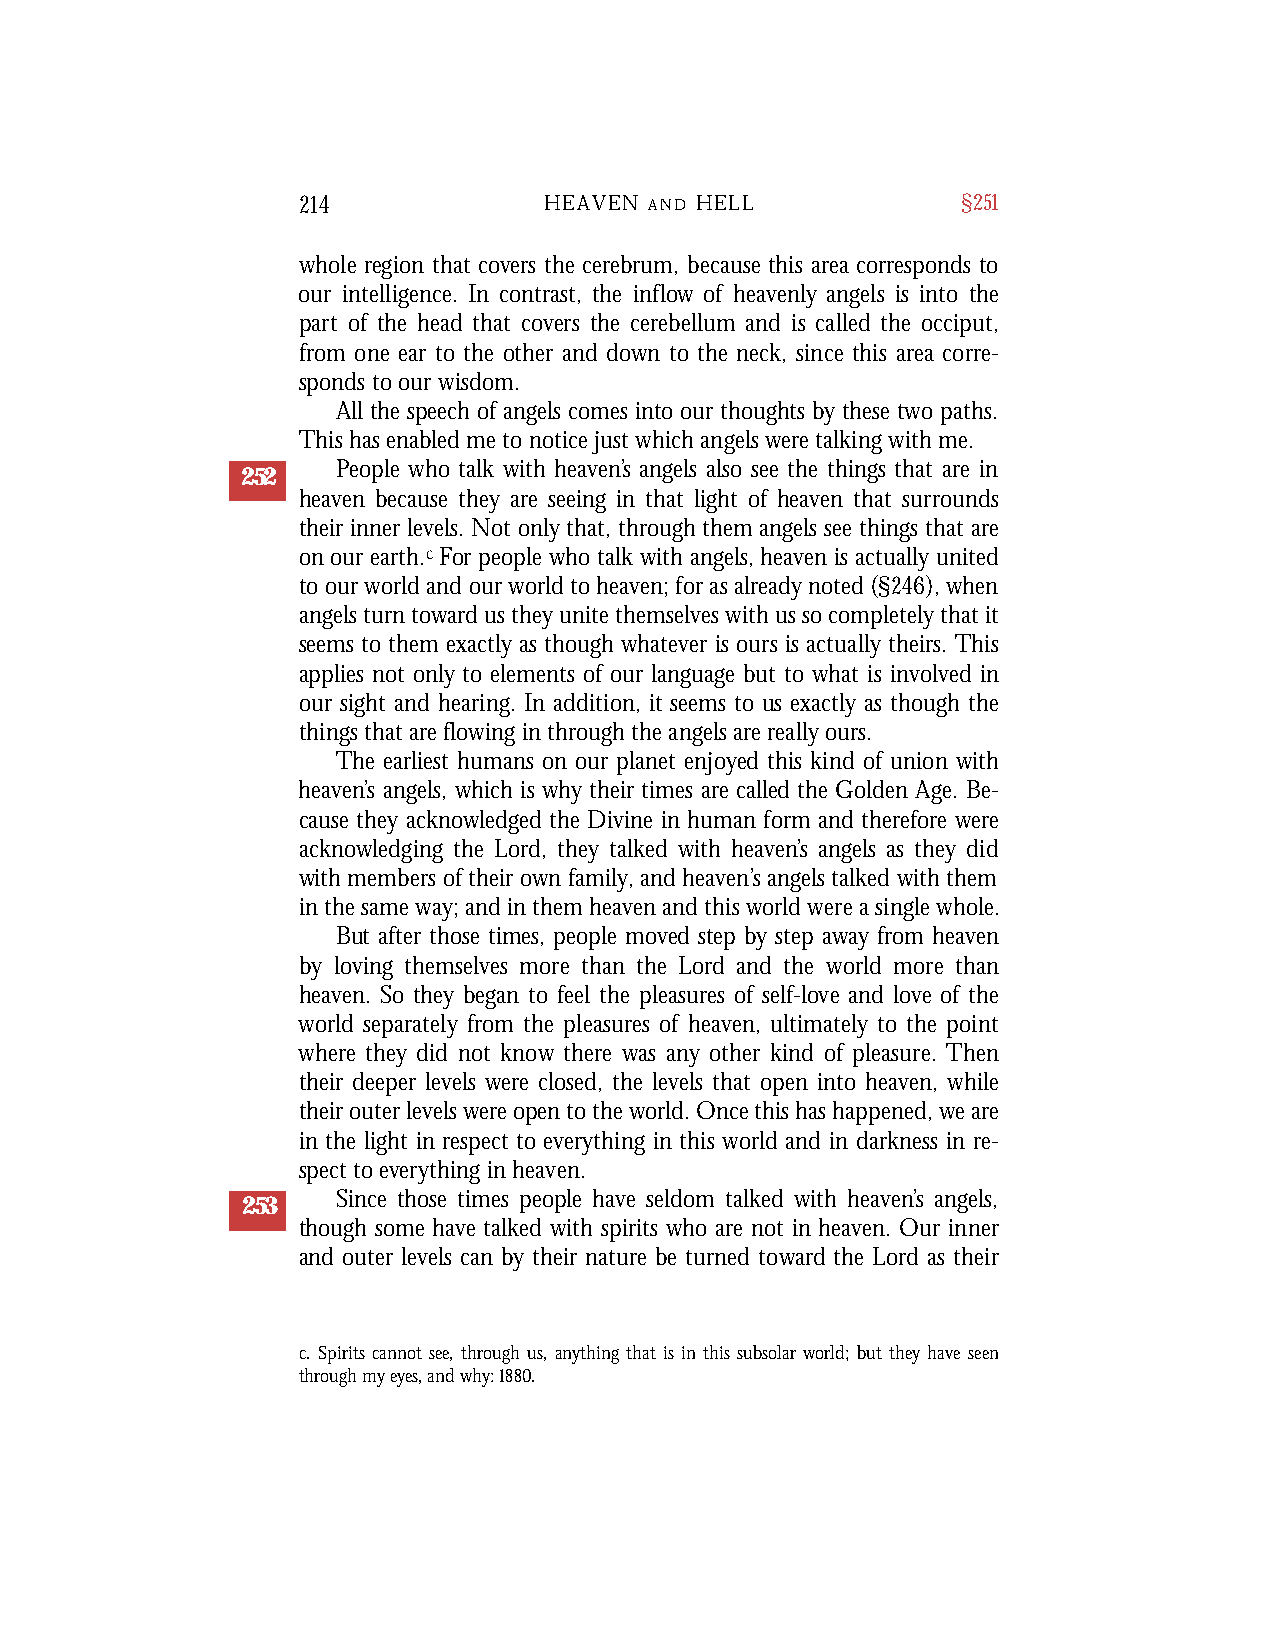
214             HEAVEN A N D H E L L        §251
 whole region that covers the cerebrum, because this area corresponds to
 our intelligence. In contrast, the inflow of heavenly angels is into the
 part of the head that covers the cerebellum and is called the occiput,
 from one ear to the other and down to the neck, since this area corre-
 sponds toour wisdom.
 All the speech of angels comes into our thoughts by these two paths.
 This has enabled me to notice just which angels were talking with me.
 People who talk with heaven’s angels also see the things that are in
 252
 heaven because they are seeing in that light of heaven that surrounds
 their inner levels. Not only that, through them angels see things that are
 on our earth.c For people who talk with angels, heaven is actually united
 to our world and our world to heaven; for as already noted (§246), when
 angels turn toward us they unite themselves with us so completely that it
 seems to them exactly as though whatever is ours is actually theirs. This
 applies not only to elements of our language but to what is involved in
 our sight and hearing. In addition, it seems to us exactly as though the
 things that are flowing in through the angels are really ours.
 The earliest humans on our planet enjoyed this kind of union with
 heaven’s angels, which is why their times are called the Golden Age. Be-
 cause they acknowledged the Divine in human form and therefore were
 acknowledging the Lord, they talked with heaven’s angels as they did
 with members of their own family, and heaven’s angels talked with them
 in the same way; and in them heaven and this world were a single whole.
 But after those times, people moved step by step away from heaven
 by loving themselves more than the Lord and the world more than
 heaven. So they began to feel the pleasures of self-love and love of the
 world separately from the pleasures of heaven, ultimately to the point
 where they did not know there was any other kind of pleasure. Then
 their deeper levels were closed, the levels that open into heaven, while
 their outer levels were open to the world. Once this has happened, we are
 in the light in respect to everything in this world and in darkness in re-
 spect to everything in heaven.
 Since those times people have seldom talked with heaven’s angels,
 253
 though some have talked with spirits who are not in heaven. Our inner
 and outer levels can by their nature be turned toward the Lord as their
 c. Spirits cannot see, through us, anything that is in this subsolar world; but they have seen
 through my eyes, and why: 1880.